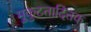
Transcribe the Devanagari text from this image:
मुकुटतादितक